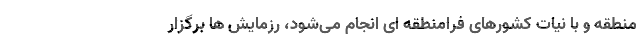
منطقه و با نیات کشورهای فرامنطقه ای انجام می‌شود، رزمایش ها برگزار